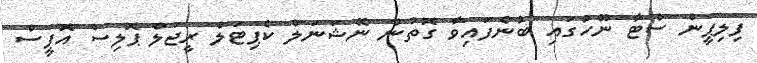
ފިލިޕީން ސްޓާ ނޫހުގައި ބުނެފައިވާ ގޮތުން ނޭޝަނަލް ކެޕިޓަލް ރީޖަލް ޕޮލިސް އޮފީސް